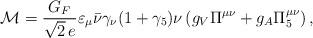
LaTeX: \begin{align*}{\cal M}=\frac{G_F}{\sqrt{2}\,e}\varepsilon_{\mu}\bar{\nu}\gamma_{\nu}(1+\gamma_5)\nu\,(g_V\Pi^{\mu \nu}+g_A\Pi_5^{\mu \nu})\, ,\end{align*}